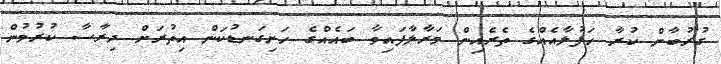
ގުރުބާން ކުރާ ހަފުލާއެއްގެ ތެރެއިން މަރާލާފައިވާ ބައެއްގެ ހަށިގަނޑުކަން އިތުރަށް ދިރާސާ ކުރުމުން